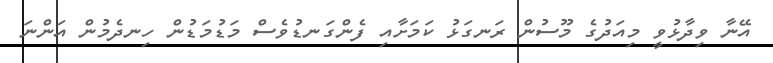
އޭނާ ވިދާޅުވީ މިއަދުގެ މޫސުން ރަނގަޅު ކަމަށާއި ފެންގަނޑުވެސް މަޑުމަޑުން ހިނދެމުން އަންނަ